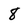
Character: 8